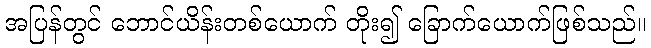
အပြန်တွင် ဘောင်ယိန်းတစ်ယောက် တိုး၍ ခြောက်ယောက်ဖြစ်သည်။